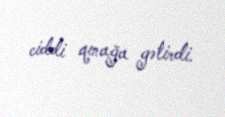
ciddi qınağa gətirdi.